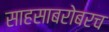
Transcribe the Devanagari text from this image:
साहसाबरोबरच